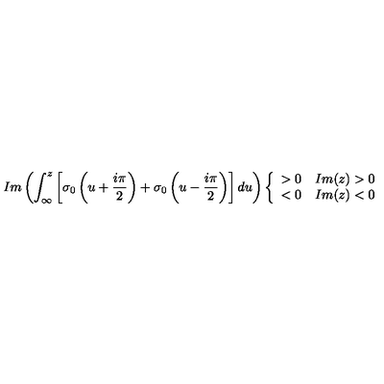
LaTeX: I m \left( \int _ { \infty } ^ { z } \left[ \sigma _ { 0 } \left( u + \frac { i \pi } { 2 } \right) + \sigma _ { 0 } \left( u - \frac { i \pi } { 2 } \right) \right] d u \right) \left\{ \begin{array} { r l } { > 0 } & { I m ( z ) > 0 } \\ { < 0 } & { I m ( z ) < 0 } \\ \end{array} \right.